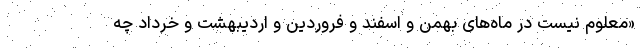
«معلوم نیست در ماه‌های بهمن و اسفند و فروردین و اردیبهشت و خرداد چه